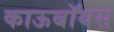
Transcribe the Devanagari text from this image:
काऊबॉयस